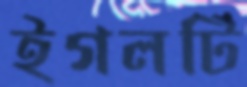
ইগলটি